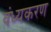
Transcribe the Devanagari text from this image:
वंध्यकरण